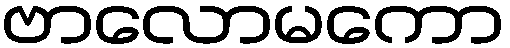
ဗာလောမကော